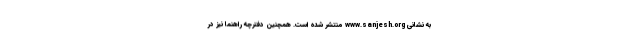
به نشانی www.sanjesh.org منتشر شده است. همچنین دفترچه راهنما نیز در